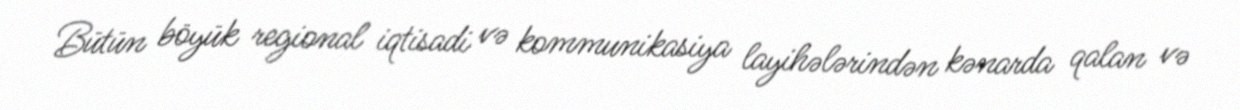
Bütün böyük regional iqtisadi və kommunikasiya layihələrindən kənarda qalan və